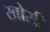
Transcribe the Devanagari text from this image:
खोसी